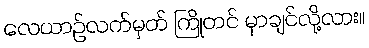
လေယာဉ်လက်မှတ် ကြိုတင် မှာချင်လို့လား။